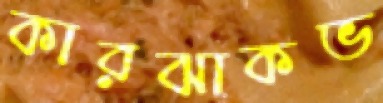
কারঝাকভ